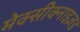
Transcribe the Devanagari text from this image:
मेक्सीक्नाइज़ड